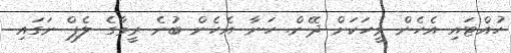
ހުއްޓައި އެހެން މީހަކަށް ދޭން. ހަނާ އެހެން ބުނެ ރީމާގެ ލެޕް ނަގައި